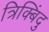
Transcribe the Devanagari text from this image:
त्रिक्बिंदु